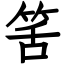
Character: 筈